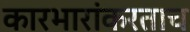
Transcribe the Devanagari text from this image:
कारभारांकरताच